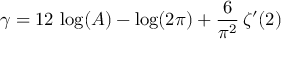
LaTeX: \gamma = 1 2 \, \log ( A ) - \log ( 2 \pi ) + { \frac { 6 } { \pi ^ { 2 } } } \, \zeta ^ { \prime } ( 2 )